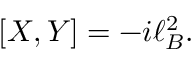
\lbrack X , Y ] = - i \ell _ { B } ^ { 2 } .